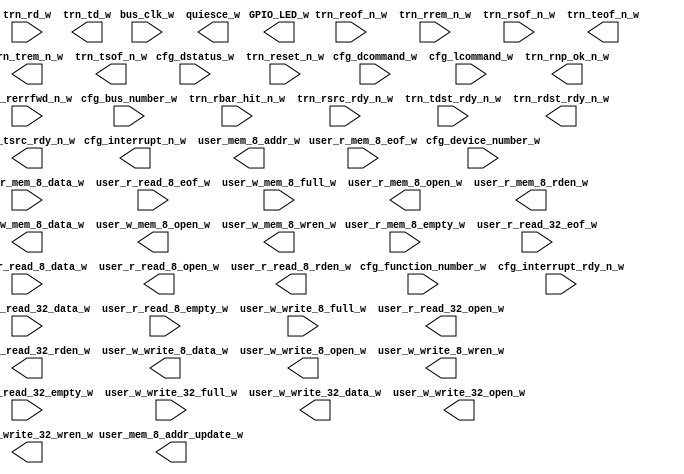
module xillybus_core
  (
  input  bus_clk_w,
  input [7:0] cfg_bus_number_w,
  input [15:0] cfg_dcommand_w,
  input [4:0] cfg_device_number_w,
  input [15:0] cfg_dstatus_w,
  input [2:0] cfg_function_number_w,
  input  cfg_interrupt_rdy_n_w,
  input [15:0] cfg_lcommand_w,
  input [6:0] trn_rbar_hit_n_w,
  input [63:0] trn_rd_w,
  input  trn_reof_n_w,
  input  trn_rerrfwd_n_w,
  input  trn_reset_n_w,
  input [7:0] trn_rrem_n_w,
  input  trn_rsof_n_w,
  input  trn_rsrc_rdy_n_w,
  input  trn_tdst_rdy_n_w,
  input [7:0] user_r_mem_8_data_w,
  input  user_r_mem_8_empty_w,
  input  user_r_mem_8_eof_w,
  input [31:0] user_r_read_32_data_w,
  input  user_r_read_32_empty_w,
  input  user_r_read_32_eof_w,
  input [7:0] user_r_read_8_data_w,
  input  user_r_read_8_empty_w,
  input  user_r_read_8_eof_w,
  input  user_w_mem_8_full_w,
  input  user_w_write_32_full_w,
  input  user_w_write_8_full_w,
  output [3:0] GPIO_LED_w,
  output  cfg_interrupt_n_w,
  output  quiesce_w,
  output  trn_rdst_rdy_n_w,
  output  trn_rnp_ok_n_w,
  output [63:0] trn_td_w,
  output  trn_teof_n_w,
  output [7:0] trn_trem_n_w,
  output  trn_tsof_n_w,
  output  trn_tsrc_rdy_n_w,
  output  user_mem_8_addr_update_w,
  output [4:0] user_mem_8_addr_w,
  output  user_r_mem_8_open_w,
  output  user_r_mem_8_rden_w,
  output  user_r_read_32_open_w,
  output  user_r_read_32_rden_w,
  output  user_r_read_8_open_w,
  output  user_r_read_8_rden_w,
  output [7:0] user_w_mem_8_data_w,
  output  user_w_mem_8_open_w,
  output  user_w_mem_8_wren_w,
  output [31:0] user_w_write_32_data_w,
  output  user_w_write_32_open_w,
  output  user_w_write_32_wren_w,
  output [7:0] user_w_write_8_data_w,
  output  user_w_write_8_open_w,
  output  user_w_write_8_wren_w
);
endmodule